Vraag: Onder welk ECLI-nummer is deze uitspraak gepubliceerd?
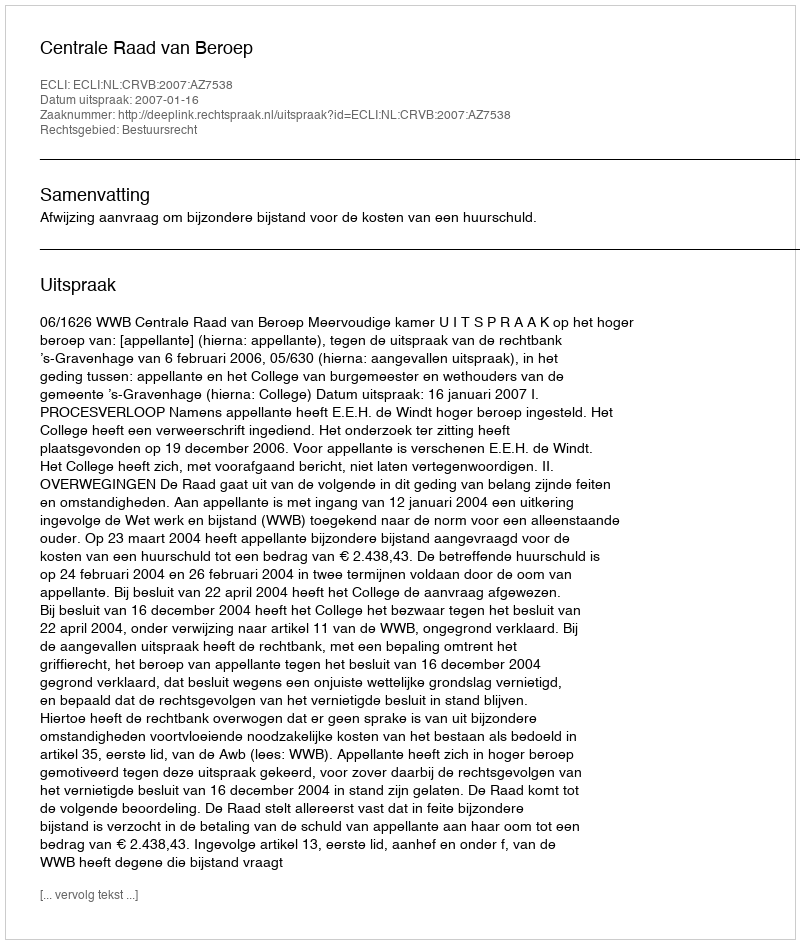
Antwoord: ECLI:NL:CRVB:2007:AZ7538